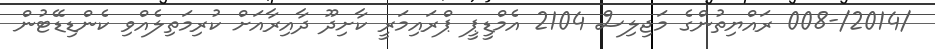
/2014/-008 ރައްޔިތުންގެ މަޖިލިސް 2104 އެމްޑީޕީ ޕްރައިމަރީ ކާށިދޫ ދާއިރާއަށް ކުރިމަތިލެއްވި ކެންޑިޑޭޓުން